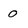
Character: 0